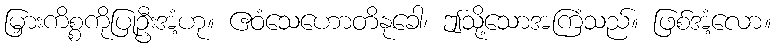
မြှားကိစ္စကိုပြုဦးအံ့ဟု။ ဧဝံသေဟောတိနုခေါ၊ ဤသို့သောအကြံသည်။ ဖြစ်အံ့လော။